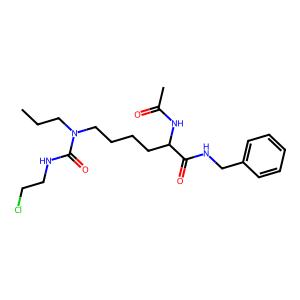
SMILES: CCCN(CCCCC(NC(C)=O)C(=O)NCc1ccccc1)C(=O)NCCCl
Inhibits HIV replication: No